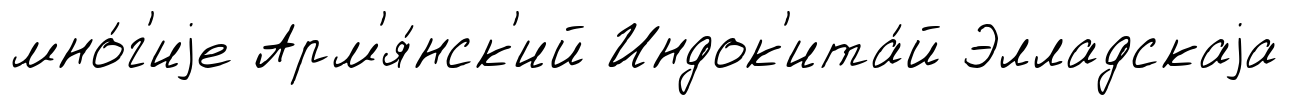
мно́г'иjе Арм'я́нск'ий Индок'ита́й Элладскаjа